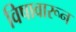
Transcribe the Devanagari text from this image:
विषावारून